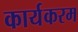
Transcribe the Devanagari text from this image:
कार्यकरम